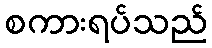
စကားရပ်သည်